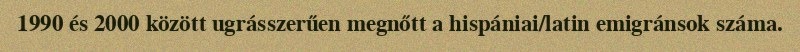
1990 és 2000 között ugrásszerűen megnőtt a hispániai/latin emigránsok száma.